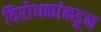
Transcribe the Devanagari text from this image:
विरोधकांकडून